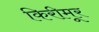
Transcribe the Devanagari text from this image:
किरीमूर